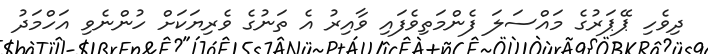
ދިވެހި ޕޭޕަރުގެ މައްސަލަ ފެންމަތިވެފައި ވާއިރު އެ ތަނުގެ ވެރިޔަކަށް ހުންނެވި އަހްމަދު